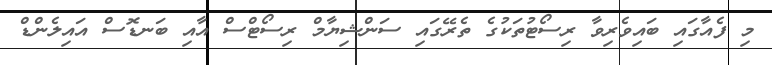
މި ފެއާގައި ބައިވެރިވާ ރިސޯޓުތަކުގެ ތެރޭގައި ސަންޝިޔާމް ރިސޯޓްސް އާއި ބަނޑޮސް އައިލެންޑް